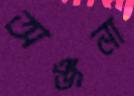
অঞ্জনা